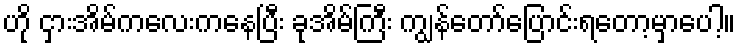
ဟို ငှားအိမ်ကလေးကနေပြီး ခုအိမ်ကြီး ကျွန်တော်ပြောင်းရတော့မှာပေါ့။